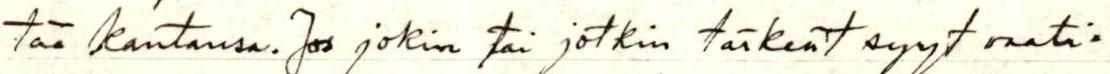
tää kantansa. Jos jokin tai jotkin tärkeät syyt vaati=